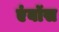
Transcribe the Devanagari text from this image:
एंबॉस